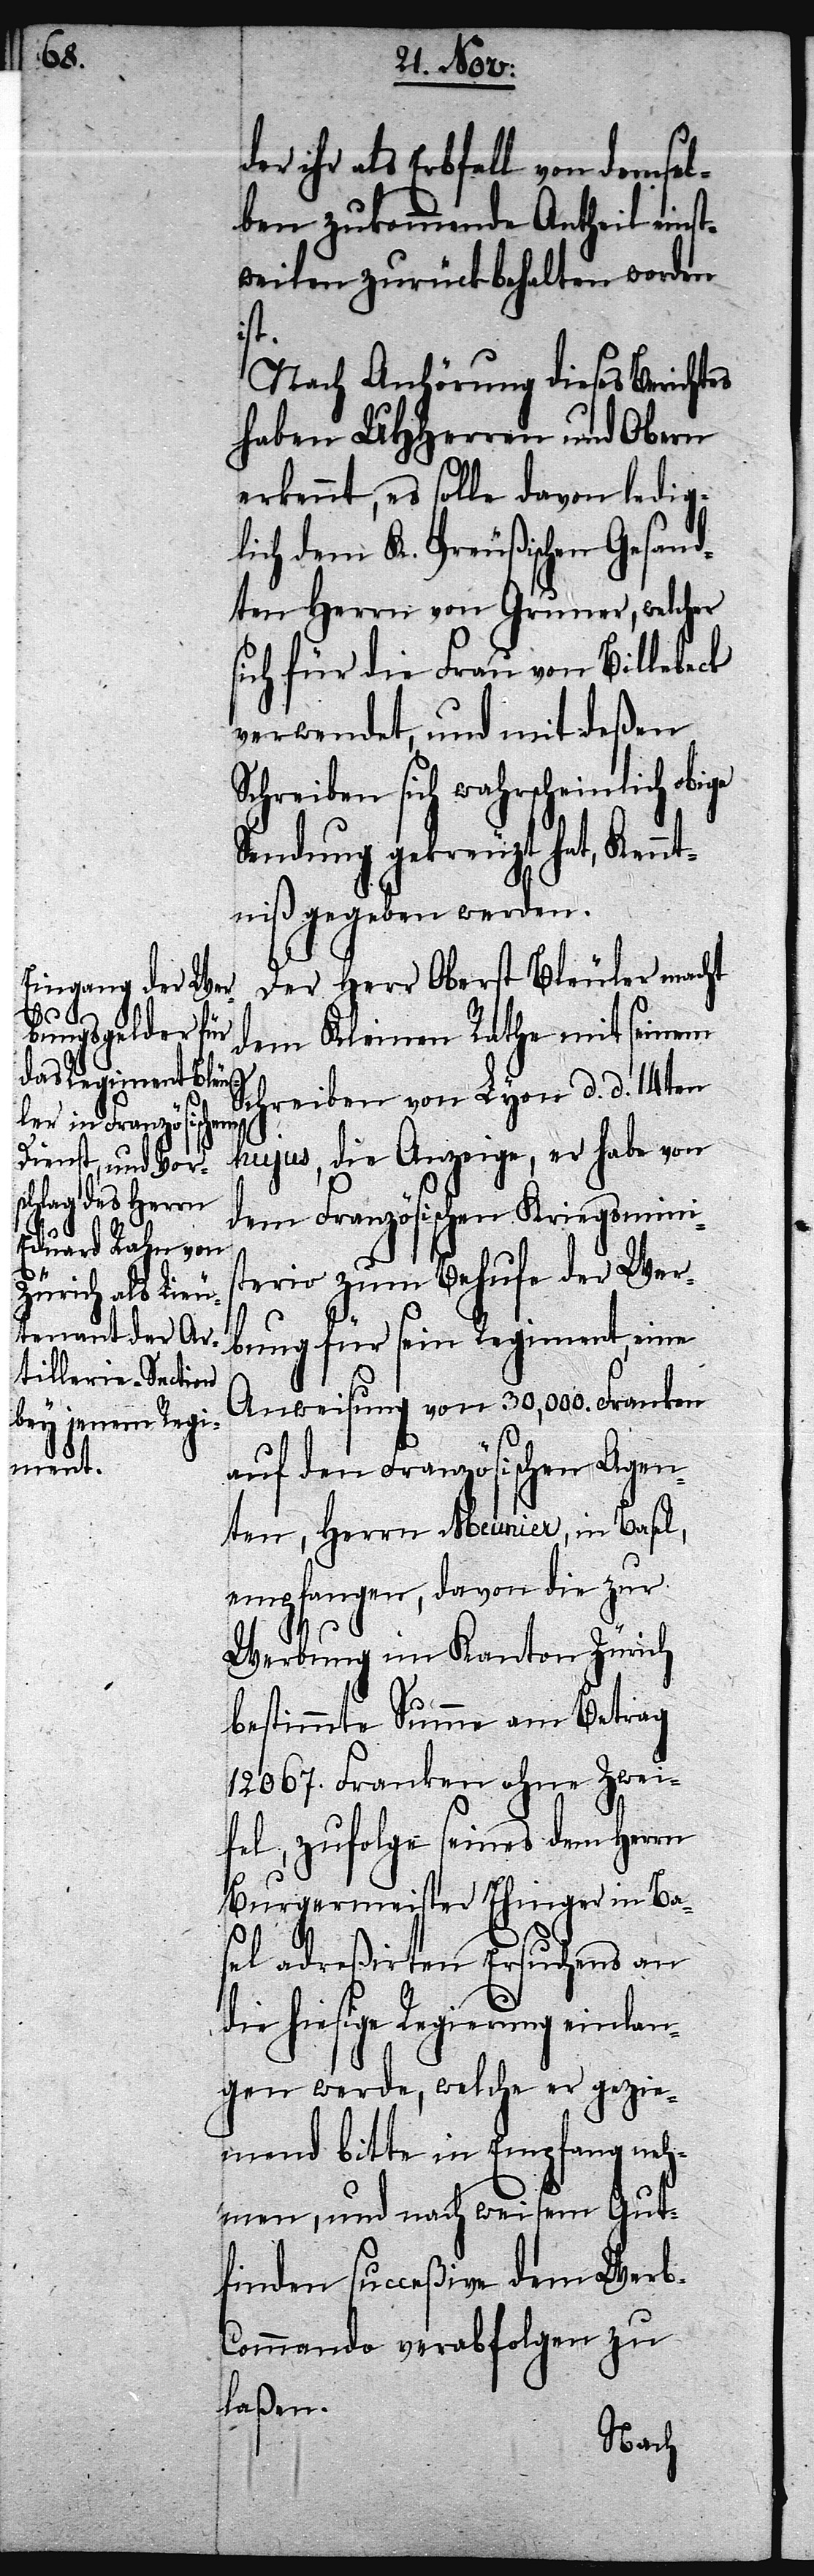
der ihr als Erbfall von demsel¬
ben zukommende Antheil einst¬
weilen zurückbehalten worden
die
Nach Anhörung dieses Berichtes
haben UHHerren und Obern
erkennt, es solle davon ledig¬
lich dem K. Preußischen Gesand¬
ten Herrn von Gruner, welcher
sich für die Frau von Billebeck
verwendet, und mit deßen
Schreiben sich wahrscheinlich obige
Sendung gekreuzt hat, Kennt¬
niß gegeben werden.
Der Herr Oberst Bleuler macht
dem Kleinen Rathe mit seinem
Schreiben von Lyon d. d. 14ten
hujus, die Anzeige, er habe von
dem Französischen Kriegsminis¬
terio zum Behufe der Wer¬
bung für sein Regiment, eine
Anweisung von 30,000. Franken
auf den Französischen Agen¬
ten, Herrn Meunier, in Basel,
empfangen, davon die zur
Werbung im Kanton Zürich
bestimmte Summe am Betrag
12067. Franken ohne Zwei¬
fel, zufolge seines dem Herrn
Burgermeister Ehinger in Ba¬
sel adreßirten Ersuchens an
hiesige Regierung einla¬
ngen werde, welche er gezie¬
mend bitte in Empfang neh¬
men, und nach weisem Gut¬
finden succeßive dem Wer¬
b-Commando verabfolgen zu
laßen.